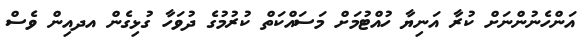
އަންހެނުންނަށް ކުރާ އަނިޔާ ހުއްޓުމަށް މަސައްކަތް ކުރުމުގެ ދުވަހާ ގުޅިގެން އދއިން ވެސް